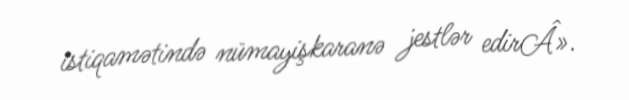
istiqamətində nümayişkaranə jestlər edirÂ».